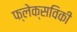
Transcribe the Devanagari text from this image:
फ्लेक्सविकी